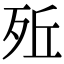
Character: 𣧭